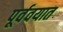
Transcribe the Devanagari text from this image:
पूर्ववयात